Tezpur Lunatic Asylum reports 1877-1894 - 1877-1894
Year: 1877
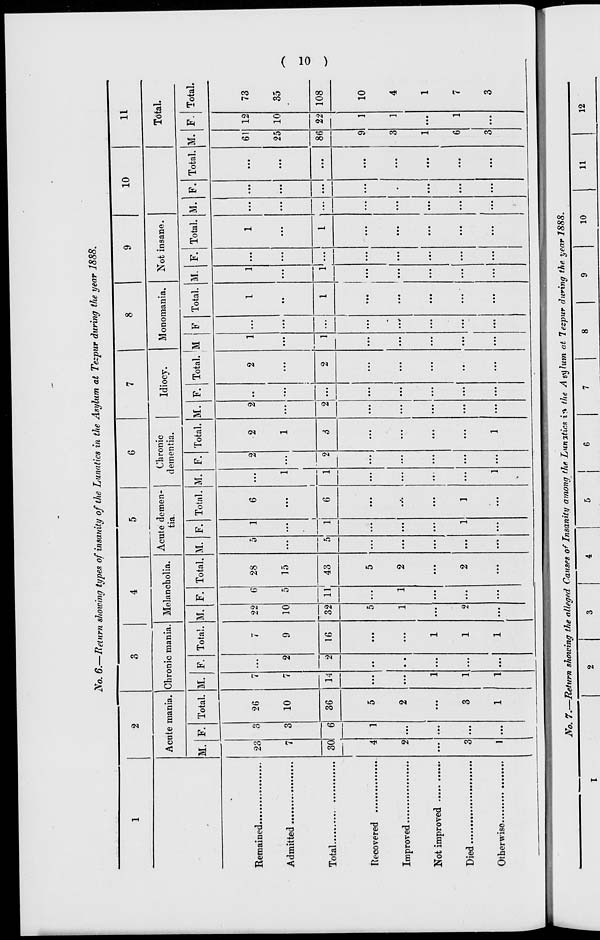
No. 6.—Return showing types of insanity of the Lunatics in the Asylum at Tezpur during the year 1888.